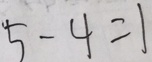
5 - 4 = 1